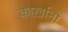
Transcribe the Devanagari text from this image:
कार्ख़ानों